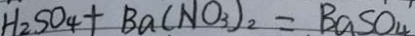
H _ { 2 } S O _ { 4 } + B a ( N O _ { 3 } ) _ { 2 } = B a S O _ { 4 }